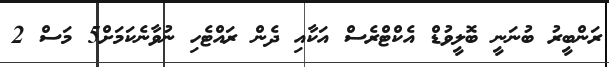
ރަންބީރު ބުނަނީ ބޮލީވުޑް އެކްޓްރެސް އަކާއި ދެން ރައްޓެހި ނުވާނެކަމަށް5 މަސް 2